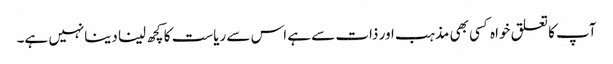
آپ کا تعلق خواہ کسی بھی مذہب اور ذات سے ہے اس سے ریاست کا کچھ لینا دینانہیں ہے۔